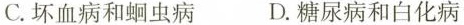
C.坏血病和蛔虫病 D.糖尿病和白化病